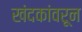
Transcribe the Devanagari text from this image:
खंदकांवरून